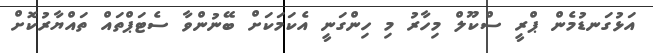
އަޅުގަނޑުމެން ޕްރީ ސްކޫލް މިހާރު މި ހިންގަނީ އެކަމަކަށް ބޭނުންވާ ސެޓަޕްތައް ތައްޔާރުކޮށް